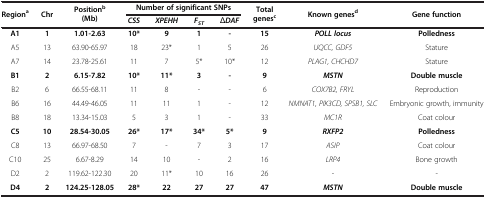
| <ROWSPAN=2> Regiona | <ROWSPAN=2> Chr | <ROWSPAN=2> Positionb (Mb) | <COLSPAN=4> Number of significant SNPs | <ROWSPAN=2> Total genesc | <ROWSPAN=2> Known genesd | <ROWSPAN=2> Gene function |
 | CSS | XPEHH | FST | ΔDAF |
 | --- | --- | --- | --- | --- | --- | --- | --- | --- | --- |
 | A1 | 1 | 1.01-2.63 | 10* | 9 | 1 | - | 15 | POLL locus | Polledness |
 | A5 | 13 | 63.90-65.97 | 18 | 23* | 1 | 5 | 26 | UQCC, GDF5 | Stature |
 | A7 | 14 | 23.78-25.61 | 11 | 7 | 5* | 10* | 12 | PLAG1, CHCHD7 | Stature |
 | B1 | 2 | 6.15-7.82 | 10* | 11* | 3 | - | 9 | MSTN | Double muscle |
 | B2 | 6 | 66.55-68.11 | 11 | 8 | - | - | 6 | COX7B2, FRYL | Reproduction |
 | B6 | 16 | 44.49-46.05 | 11 | 11 | 1 | - | 12 | NMNAT1, PIK3CD, SPSB1, SLC | Embryonic growth, immunity |
 | B8 | 18 | 13.34-15.03 | 5 | 3 | 1 | - | 33 | MC1R | Coat colour |
 | C5 | 10 | 28.54-30.05 | 26* | 17* | 34* | 5* | 9 | RXFP2 | Polledness |
 | C8 | 13 | 66.97-68.50 | 7 | - | 7 | 3 | 17 | ASIP | Coat colour |
 | C10 | 25 | 6.67-8.29 | 14 | 10 | - | 2 | 16 | LRP4 | Bone growth |
 | D2 | 2 | 119.62-122.30 | 20 | 11* | 10 | 16 | 26 | - | - |
 | D4 | 2 | 124.25-128.05 | 28* | 22 | 27 | 27 | 47 | MSTN | Double muscle |